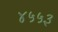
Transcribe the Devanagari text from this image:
४५५३